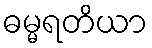
ဓမ္မရတိယာ